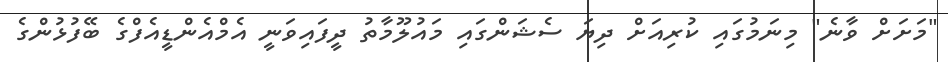
"މަށަށް ވާނެ" މިނަމުގައި ކުރިއަށް ދިޔަ ސެޝަންގައި މައުލޫމާތު ދީފައިވަނީ އެމްއެންޑީއެފްގެ ބޭފުޅުންގެ